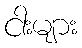
ငါးများ